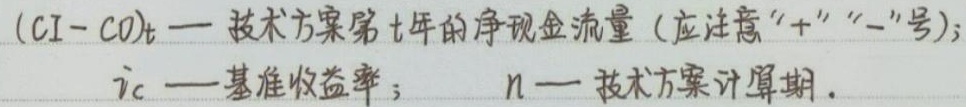
$(CI - CO)_t$ — 技术方案第$t$年的净现金流量（应注意“$+$”“$-$”号）；

$i_c$ — 基准收益率； $n$ — 技术方案计算期.